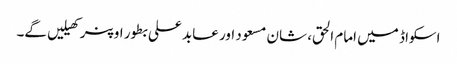
اسکواڈ میں امام الحق، شان مسعود اور عابد علی بطور اوپنر کھیلیں گے۔